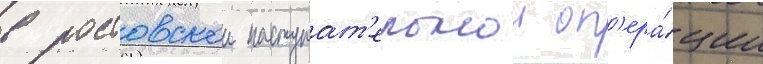
в ростовскои наступат'ельнои оп'ера́ции